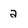
Character: a